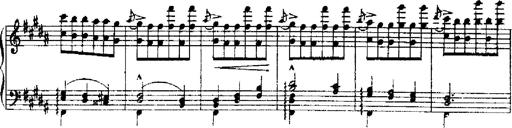
Title: RÃ©miniscences de Robert le diable
Composer: Franz Liszt